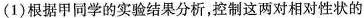
(1)根据甲同学的实验结果分析，控制这两对相对性状的